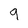
Character: 9